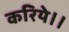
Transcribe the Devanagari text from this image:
करिये।।